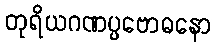
တုရိယဂဏပ္ပဗောဓနော